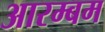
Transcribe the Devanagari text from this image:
आरम्बम